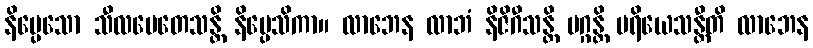
နိပ္ပေသော သီလမေတေသန္တိ နိပ္ပေသိကာ။ လာဘေန လာဘံ နိဇိဂီသန္တိ မဂ္ဂန္တိ ပရိယေသန္တီတိ လာဘေန